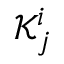
{ \mathcal { K } } _ { j } ^ { i }